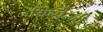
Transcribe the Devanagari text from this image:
चिम्पैन्ज़ी